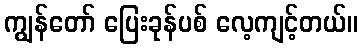
ကျွန်တော် ပြေးခုန်ပစ် လေ့ကျင့်တယ်။